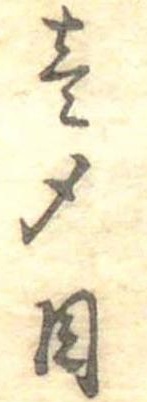
壱〆目